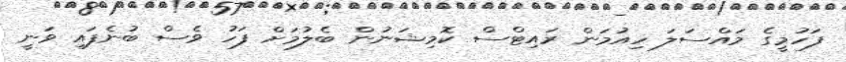
ފަހުމީގެ މައްސަލަ ހިއުމަން ރައިޓްސް ކޮމިޝަނުން ބެލުމަށް ފަހު ވެސް ބުނެފައި ވަނީ